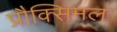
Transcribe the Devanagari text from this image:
प्रौक्सिमल